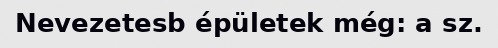
Nevezetesb épületek még: a sz.